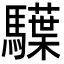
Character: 𩦭